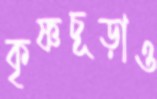
কৃষ্ণচূড়াও